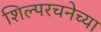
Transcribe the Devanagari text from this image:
शिल्परचनेच्या